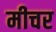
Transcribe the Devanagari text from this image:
मीचर